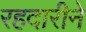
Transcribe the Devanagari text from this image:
रहदारीने